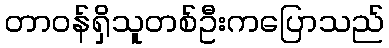
တာဝန်ရှိသူတစ်ဦးကပြောသည်